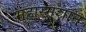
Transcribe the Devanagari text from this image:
महास्मशान